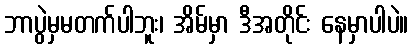
ဘာပွဲမှမတက်ပါဘူး၊ အိမ်မှာ ဒီအတိုင်း နေမှာပါပဲ။